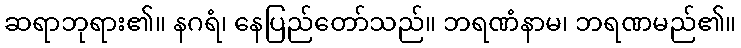
ဆရာဘုရား၏။ နဂရံ၊ နေပြည်တော်သည်။ ဘရဏံနာမ၊ ဘရဏမည်၏။